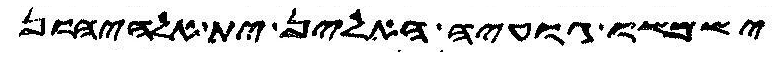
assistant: ישמשו גועיה האלין ית אלהיהון